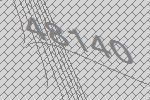
48140